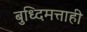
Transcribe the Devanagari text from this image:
बुध्दिमत्ताही